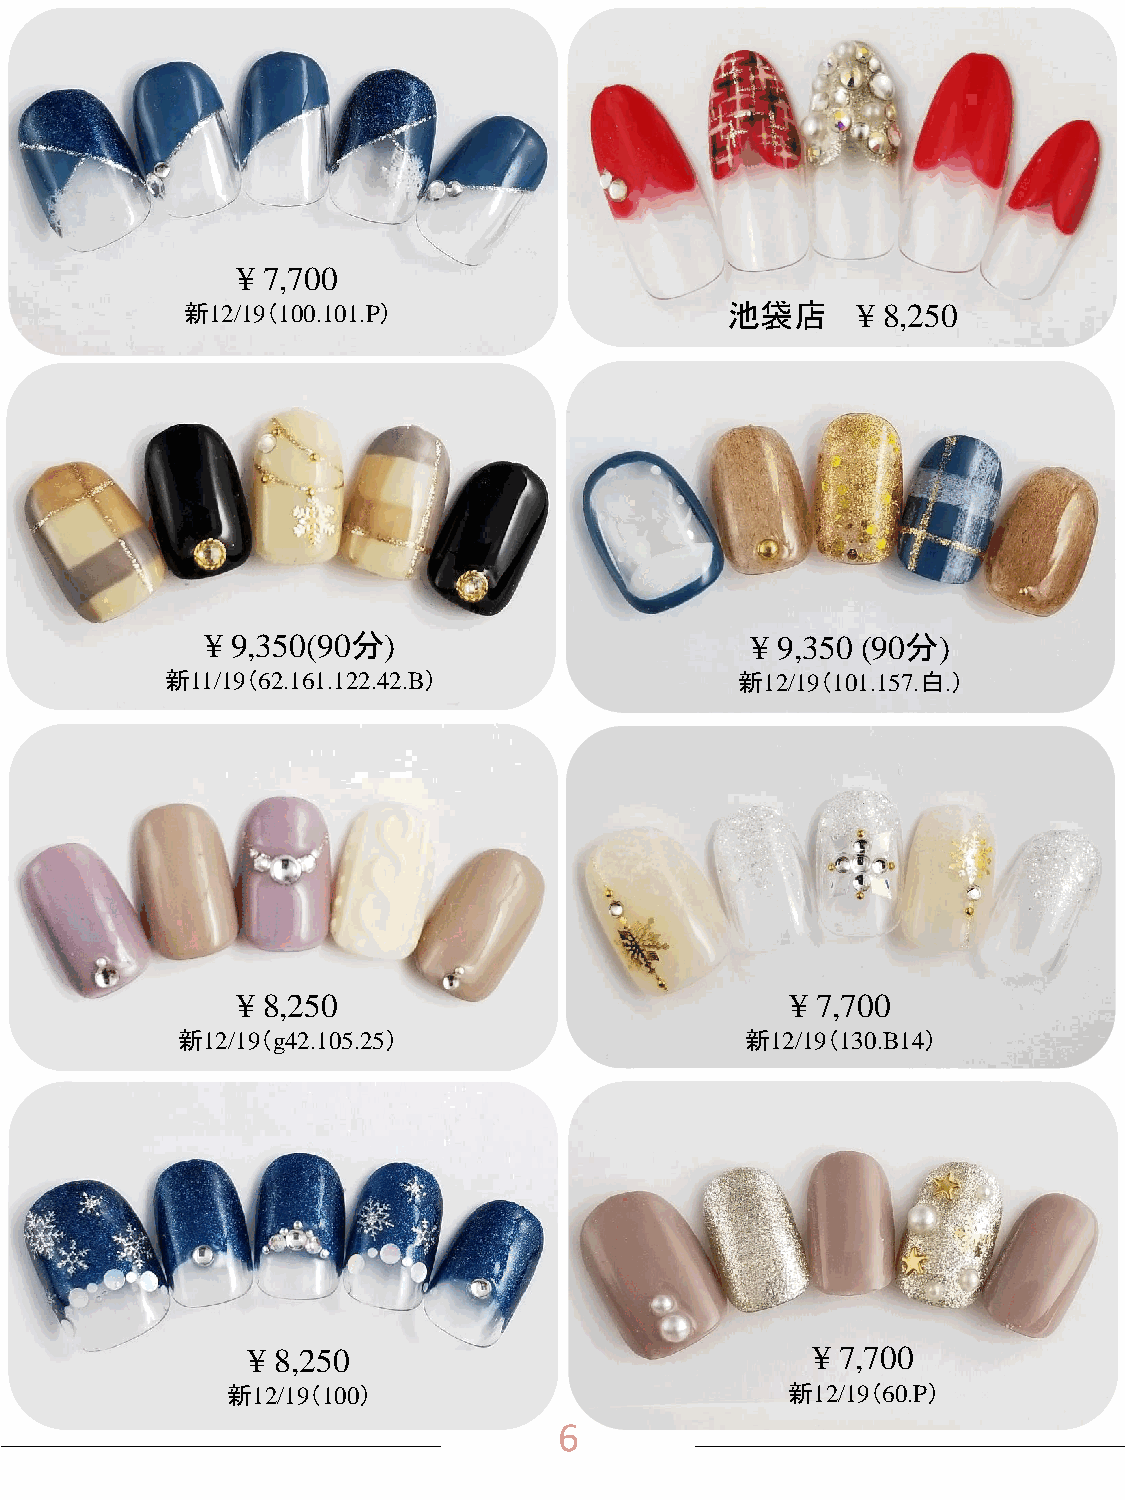
¥ 7,700
 新12/19（100.101.P）                   池袋店      ¥ 8,250
 ¥ 9,350(90分)                        ¥ 9,350 (90分)
 新11/19（62.161.122.42.B）               新12/19（101.157.白.）
 ¥ 8,250                             ¥ 7,700
 新12/19（g42.105.25）                   新12/19（130.B14）
 ¥ 8,250                              ¥ 7,700
 新12/19（100）                          新12/19（60.P）
 6